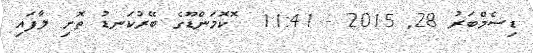
ޑިސެމްބަރު 28